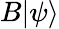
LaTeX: B|\psi\rangle